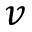
v